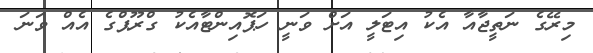
މިރޭގެ ނަތީޖާއާ އެކު އިޓަލީ އަށް ވަނީ ހަޕޮއިންޓާއެކު ގްރޫޕްގެ އެއް ވަނަ